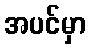
အပင်မှာ